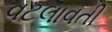
વટલાવતી